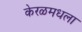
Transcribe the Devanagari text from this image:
केरळमधला